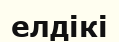
елдікі